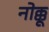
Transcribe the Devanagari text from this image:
नोक्कू